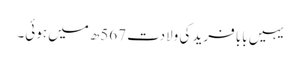
یہیں بابا فرید کی ولادت 567ھ میں ہوئی۔